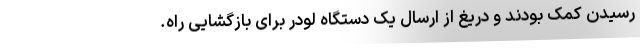
رسیدن کمک بودند و دریغ از ارسال یک دستگاه لودر برای بازگشایی راه.